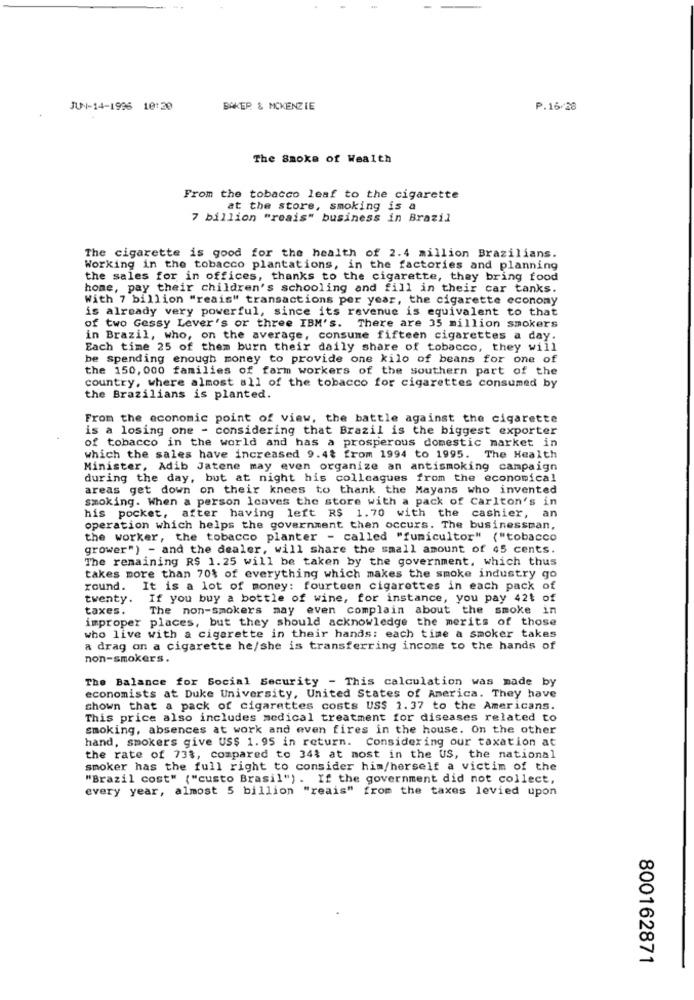
JUN-14-1996 10:20
BAKER & MCKENZIE
P.16/28
The Smoke of Wealth
From the tobacco leaf to the cigarette
at the store, smoking is a
7 billion "reais" business in Brazil
The cigarette is good for the health of 2.4 million Brazilians.
Working in the tobacco plantations, in the factories and planning
the sales for in offices, thanks to the cigarette, they bring food
home, pay their children's schooling and fill in their car tanks.
With 7 billion "reais" transactions per year, the cigarette economy
is already very powerful, since its revenue is equivalent to that
of two Gessy Lever's or three IBM'S. There are 35 million smokers
in Brazil, who, on the average, consume fifteen cigarettes a day.
Each time 25 of them burn their daily share of tobacco, they will
be spending enough money to provide one kilo of beans for one of
the 150, 000 families of farm workers of the southern part of the
country, where almost all of the tobacco for cigarettes consumed by
the Brazilians is planted.
From the economic point of view, the battle against the cigarette
is a losing one - considering that Brazil is the biggest exporter
of tobacco in the world and has a prosperous domestic market in
which the sales have increased 9.4* from 1994 to 1995. The Health
Minister, Adib Jatene may even organize an antismoking campaign
during the day, but at night his colleagues from the economical
areas get down on their knees to thank the Mayans who invented
smoking. When a person Icaves the store with a pack of Carlton's in
his pocket, after having left R$ 1.70 with the cashier, an
operation which helps the government then occurs. The businessman,
the worker, the tobacco planter - called "fumicultor" {"tobacco
grower") - and the dealer, will share the small amount of 45 cents.
The remaining R$ 1.25 will be taken by the government, which thus
takes more than 70% of everything which makes the smoke industry go
round. It is a lot of money: fourteen cigarettes in each pack of
twenty. If you buy a bottle of wine, for instance, you pay 421 of
taxes.
The non-smokers may even complain about the smoke in
improper places, but they should acknowledge the merits of those
who live with a cigarette in their hands: each time a smoker takes
a drag on a cigarette he/she is transferring income to the hands of
non-smokers.
The Balance for Social Security - This calculation was made by
economists at Duke University, United States of America. They have
shown that a pack of cigarettes costs US$ 1.37 to the Americans.
This price also includes medical treatment for diseases related to
smoking, absences at work and even fires in the house. On the other
hand, smokers give US$ 1.95 in return. Considering our taxation at
the rate of 73%, compared to 341 at most in the US, the national
smoker has the full right to consider him/herself a victim of the
"Brazil cost" {"custo Brasil") . If the government did not collect,
every year, almost 5 billion "reais" from the taxes levied upon
800162871